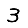
Digit: 3